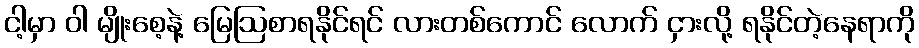
ငါ့မှာ ဝါ မျိုးစေ့နဲ့ မြေဩစာရနိုင်ရင် လားတစ်ကောင် လောက် ငှားလို့ ရနိုင်တဲ့နေရာကို